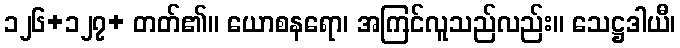
၁၂၆+၁၂၇+ တတ်၏။ ယောစနရော၊ အကြင်လူသည်လည်း။ သေဋ္ဌဒါယီ၊